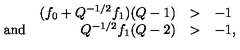
\begin{array} { l r l l } { } & { ( f _ { 0 } + Q ^ { - 1 / 2 } f _ { 1 } ) ( Q - 1 ) } & { > } & { - 1 } \\ { \mathrm { a n d } } & { Q ^ { - 1 / 2 } f _ { 1 } ( Q - 2 ) } & { > } & { - 1 , } \\ \end{array}